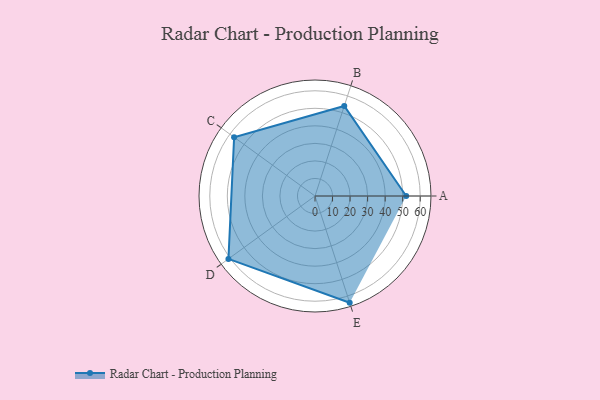
{"axis": {"x": "Skill", "y": "Score"}, "legend": ["Profile"], "data": [{"x": "A", "y": 52.0, "type": "Profile"}, {"x": "B", "y": 54.0, "type": "Profile"}, {"x": "C", "y": 57.0, "type": "Profile"}, {"x": "D", "y": 61.0, "type": "Profile"}, {"x": "E", "y": 64.0, "type": "Profile"}]}